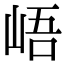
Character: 峿